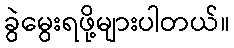
ခွဲမွေးရဖို့များပါတယ်။